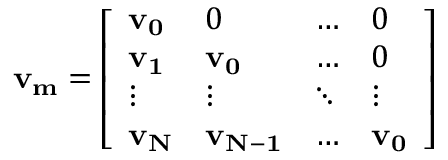
\bf { v _ { m } } = \left[ \begin{array} { l l l l } { \bf v _ { 0 } } & { 0 } & { \dots } & { 0 } \\ { \bf v _ { 1 } } & { \bf v _ { 0 } } & { \dots } & { 0 } \\ { \vdots } & { \vdots } & { \ddots } & { \vdots } \\ { \bf v _ { N } } & { \bf v _ { N - 1 } } & { \dots } & { \bf v _ { 0 } } \end{array} \right]